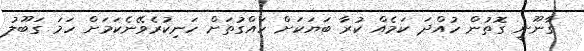
ގާނޫނީ ގޮތުން ހުއްދަ ކަމެއް ކުރާ ބަޔަކަށް ހައްގުތަށް ހަނިކުރެވޭނެކަމަށް ހަމަ ގަބޫލު